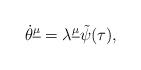
LaTeX: \begin{align*}\dot\theta^{\underline\mu}=\lambda^{\underline\mu}\tilde\psi(\tau),\end{align*}